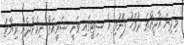
މިދިޔަ އާދީއްތަ ދުވަހު ފޮނުވި އެ ސިޓީގައި ވަނީ ޝަރީއަތް ނިމެންދެން ރިޔާޒު